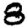
Digit: 8